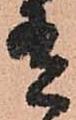
有